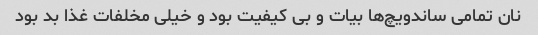
نان تمامی ساندویچ‌ها بیات و بی کیفیت بود و خیلی مخلفات غذا بد بود